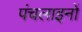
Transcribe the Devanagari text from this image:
पंचलाइनों